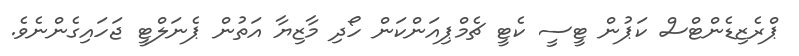
ޕްރެޒިޑެންޓްސް ކަޕުން ޓީސީ ކެޓީ ޗެމްޕިއަންކަން ހޯދި މާޒިޔާ އަތުން ޕެނަލްޓީ ޖަހައިގެންނެވެ.